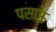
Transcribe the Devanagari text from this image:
पसाऊ